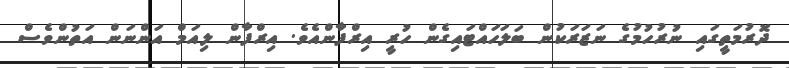
ދޮރުމަތީގައި ނުރުހުމުގެ ނަޒަރަކުން ބަލަހައްޓައިގެން ހުރީ އިރްފާންއެވެ. އިރްފާން ލިއަމް އަންނަން އަތުންވެސް